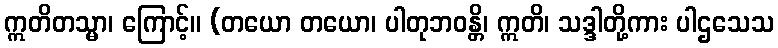
ဣတိတသ္မာ၊ ကြောင့်။ (တယော တယော၊ ပါတုဘဝန္တိ၊ ဣတိ၊ သဒ္ဒါတို့ကား ပါဌသေသ